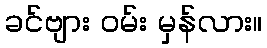
ခင်ဗျား ဝမ်း မှန်လား။